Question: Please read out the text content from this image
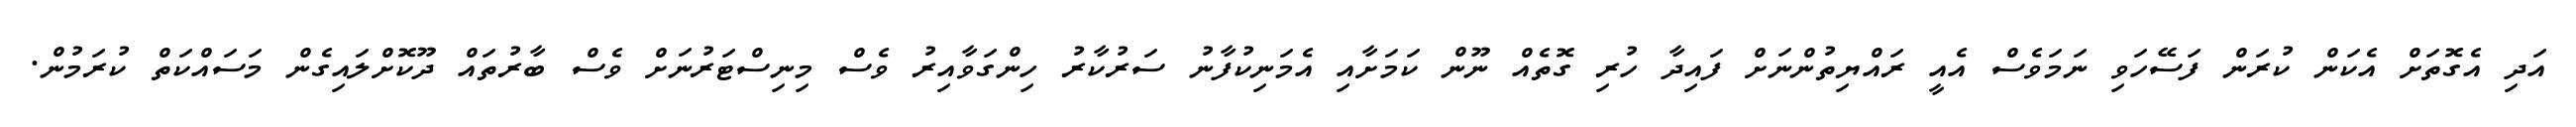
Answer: އަދި އެގޮތަށް އެކަން ކުރަން ފަސޭހަވި ނަމަވެސް އެއީ ރައްޔިތުންނަށް ފައިދާ ހުރި ގޮތެއް ނޫން ކަމަށާއި އެމަނިކުފާނު ސަރުކާރު ހިންގަވާއިރު ވެސް މިނިސްޓަރުނަށް ވެސް ބާރުތައް ދޫކޮށްލައިގެން މަސައްކަތް ކުރަމުން.